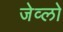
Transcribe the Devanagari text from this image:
जेव्लो